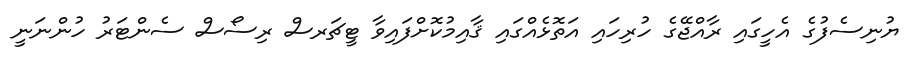
ޔުނިސެފުގެ އެހީގައި ރާއްޖޭގެ ހުރިހައި އަތޮޅެއްގައި ޤާއިމުކޮށްފައިވާ ޓީޗަރސް ރިސޯސް ސެންޓަރު ހުންނަނީ